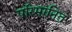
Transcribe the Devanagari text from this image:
परिमानित